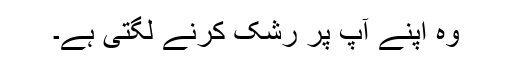
وہ اپنے آپ پر رشک کرنے لگتی ہے۔